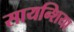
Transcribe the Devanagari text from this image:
सायन्शिया